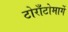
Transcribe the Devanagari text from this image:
टोराँटोमार्गे